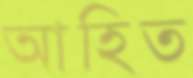
আহিত